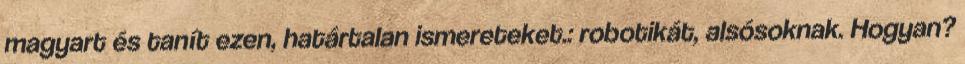
magyart és tanít ezen, határtalan ismereteket.: robotikát, alsósoknak. Hogyan?